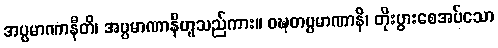
အပ္ပမာဏာနီတိ၊ အပ္ပမာဏာနီဟူသည်ကား။ ဝဍ္ဎတပ္ပမာဏာနိ၊ တိုးပွားစေအပ်သော